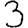
Digit: 3